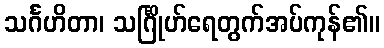
သင်္ဂဟိတာ၊ သင်္ဂြိုဟ်ရေတွက်အပ်ကုန်၏။